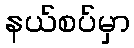
နယ်စပ်မှာ